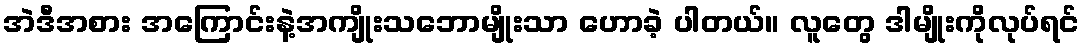
အဲဒီအစား အကြောင်းနဲ့အကျိုးသဘောမျိုးသာ ဟောခဲ့ ပါတယ်။ လူတွေ ဒါမျိုးကိုလုပ်ရင်